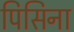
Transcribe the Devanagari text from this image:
पिसिना